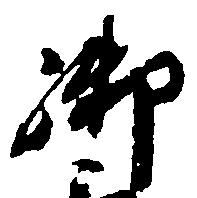
御